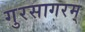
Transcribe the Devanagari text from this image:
गुरसागरम्